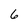
Character: 6